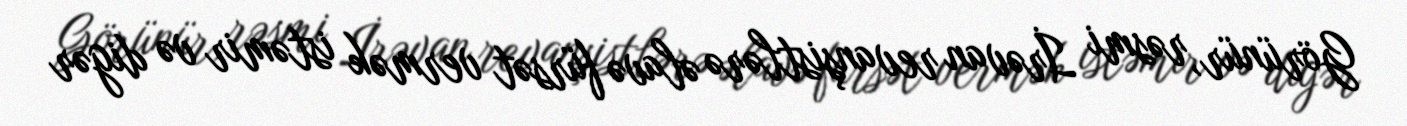
Görünür, rəsmi İrəvan revanşistlərə əlavə fürsət vermək istəmir və digər